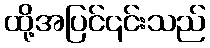
ထို့အပြင်၎င်းသည်